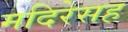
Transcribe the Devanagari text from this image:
मदिरेसह